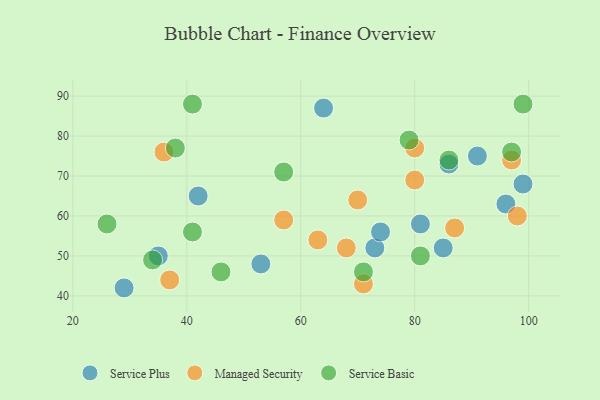
{"axis": {"x": "GDP", "y": "Life Expectancy"}, "legend": ["Managed Security", "Service Basic", "Service Plus"], "data": [{"x": "99", "y": 68, "type": "Service Plus"}, {"x": "96", "y": 63, "type": "Service Plus"}, {"x": "86", "y": 73, "type": "Service Plus"}, {"x": "53", "y": 48, "type": "Service Plus"}, {"x": "64", "y": 87, "type": "Service Plus"}, {"x": "85", "y": 52, "type": "Service Plus"}, {"x": "29", "y": 42, "type": "Service Plus"}, {"x": "91", "y": 75, "type": "Service Plus"}, {"x": "73", "y": 52, "type": "Service Plus"}, {"x": "74", "y": 56, "type": "Service Plus"}, {"x": "42", "y": 65, "type": "Service Plus"}, {"x": "81", "y": 58, "type": "Service Plus"}, {"x": "35", "y": 50, "type": "Service Plus"}, {"x": "98", "y": 60, "type": "Managed Security"}, {"x": "37", "y": 44, "type": "Managed Security"}, {"x": "68", "y": 52, "type": "Managed Security"}, {"x": "80", "y": 77, "type": "Managed Security"}, {"x": "71", "y": 43, "type": "Managed Security"}, {"x": "70", "y": 64, "type": "Managed Security"}, {"x": "36", "y": 76, "type": "Managed Security"}, {"x": "57", "y": 59, "type": "Managed Security"}, {"x": "63", "y": 54, "type": "Managed Security"}, {"x": "87", "y": 57, "type": "Managed Security"}, {"x": "97", "y": 74, "type": "Managed Security"}, {"x": "80", "y": 69, "type": "Managed Security"}, {"x": "46", "y": 46, "type": "Service Basic"}, {"x": "97", "y": 76, "type": "Service Basic"}, {"x": "57", "y": 71, "type": "Service Basic"}, {"x": "38", "y": 77, "type": "Service Basic"}, {"x": "34", "y": 49, "type": "Service Basic"}, {"x": "81", "y": 50, "type": "Service Basic"}, {"x": "26", "y": 58, "type": "Service Basic"}, {"x": "41", "y": 88, "type": "Service Basic"}, {"x": "71", "y": 46, "type": "Service Basic"}, {"x": "79", "y": 79, "type": "Service Basic"}, {"x": "41", "y": 56, "type": "Service Basic"}, {"x": "86", "y": 74, "type": "Service Basic"}, {"x": "99", "y": 88, "type": "Service Basic"}]}